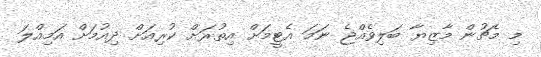
މި މެޗުން މާޒިޔާ ބަލިވެއްޖެ ނަމަ އެޓީމަށް އިތުރަށް ކުރިއަށް ދިއުމަށް އަމިއްލަ